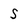
Character: S